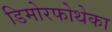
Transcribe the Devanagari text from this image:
डिमोरफोथेका